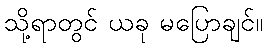
သို့ရာတွင် ယခု မပြောချင်။